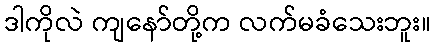
ဒါကိုလဲ ကျနော်တို့က လက်မခံသေးဘူး။